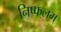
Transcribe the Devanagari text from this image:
निष्फलम्